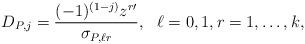
LaTeX: \begin{align*}D_{P,j}=\frac{(-1)^{(1-j)}z^{r\prime}}{\sigma_{P,\ell r}}&,~~\ell=0,1,r=1,\dots,k,\end{align*}